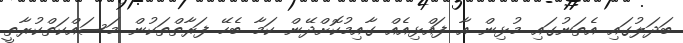
ބަދަލުގައި އެތަނުގައި މުޅިން އާ ފައްޅިއެއް ގާއިމުކޮށްދޭން ކަމާ ބެހޭ ފަރާތްތަކުން މަސައްކަތްކުރާތީ